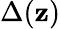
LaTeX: \Delta(\mathbf{z})